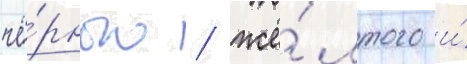
чё́рного / жё́лтого и́